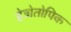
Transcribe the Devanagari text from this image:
हेत्रोतोपिक